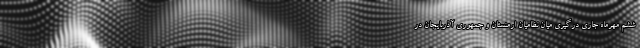
ششم مهرماه جاری درگیری میان نظامیان ارمنستان و جمهوری آذربایجان در